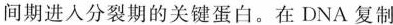
间期进入分裂期的关键蛋白。在DNA复制